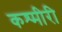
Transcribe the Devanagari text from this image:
कश्‍मीरी